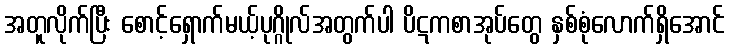
အတူလိုက်ပြီး စောင့်ရှောက်မယ့်ပုဂ္ဂိုလ်အတွက်ပါ ပိဋကစာအုပ်တွေ နှစ်စုံလောက်ရှိအောင်